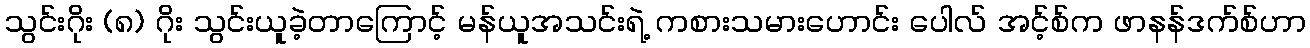
သွင်းဂိုး (၈) ဂိုး သွင်းယူခဲ့တာကြောင့် မန်ယူအသင်းရဲ့ ကစားသမားဟောင်း ပေါလ် အင့်စ်က ဖာနန်ဒက်စ်ဟာ